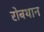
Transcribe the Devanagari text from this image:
रोबथान